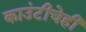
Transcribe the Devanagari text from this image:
काउंटीचेही